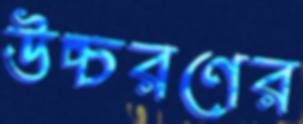
উচ্চরণের